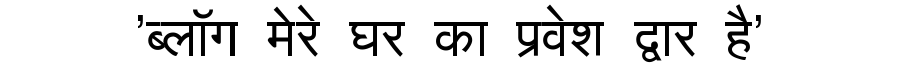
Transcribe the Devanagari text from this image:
'ब्लॉग मेरे घर का प्रवेश द्वार है'